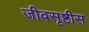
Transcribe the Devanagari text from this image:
जीवसृष्टीस